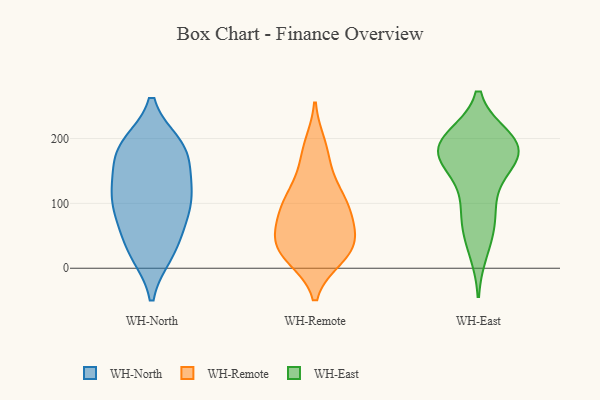
{"axis": {"x": "Customer Acquisition Cost (USD)", "y": "Value"}, "legend": ["WH-East", "WH-North", "WH-Remote"], "data": [{"x": "", "y": 179, "type": "WH-North"}, {"x": "", "y": 190, "type": "WH-North"}, {"x": "", "y": 188, "type": "WH-North"}, {"x": "", "y": 26, "type": "WH-North"}, {"x": "", "y": 124, "type": "WH-North"}, {"x": "", "y": 90, "type": "WH-North"}, {"x": "", "y": 123, "type": "WH-North"}, {"x": "", "y": 28, "type": "WH-North"}, {"x": "", "y": 86, "type": "WH-North"}, {"x": "", "y": 181, "type": "WH-North"}, {"x": "", "y": 84, "type": "WH-North"}, {"x": "", "y": 127, "type": "WH-North"}, {"x": "", "y": 184, "type": "WH-North"}, {"x": "", "y": 132, "type": "WH-North"}, {"x": "", "y": 67, "type": "WH-North"}, {"x": "", "y": 23, "type": "WH-North"}, {"x": "", "y": 44, "type": "WH-Remote"}, {"x": "", "y": 108, "type": "WH-Remote"}, {"x": "", "y": 17, "type": "WH-Remote"}, {"x": "", "y": 177, "type": "WH-Remote"}, {"x": "", "y": 68, "type": "WH-Remote"}, {"x": "", "y": 140, "type": "WH-Remote"}, {"x": "", "y": 104, "type": "WH-Remote"}, {"x": "", "y": 52, "type": "WH-Remote"}, {"x": "", "y": 20, "type": "WH-Remote"}, {"x": "", "y": 189, "type": "WH-Remote"}, {"x": "", "y": 106, "type": "WH-Remote"}, {"x": "", "y": 23, "type": "WH-Remote"}, {"x": "", "y": 78, "type": "WH-Remote"}, {"x": "", "y": 90, "type": "WH-Remote"}, {"x": "", "y": 34, "type": "WH-Remote"}, {"x": "", "y": 30, "type": "WH-Remote"}, {"x": "", "y": 183, "type": "WH-East"}, {"x": "", "y": 199, "type": "WH-East"}, {"x": "", "y": 183, "type": "WH-East"}, {"x": "", "y": 101, "type": "WH-East"}, {"x": "", "y": 77, "type": "WH-East"}, {"x": "", "y": 196, "type": "WH-East"}, {"x": "", "y": 172, "type": "WH-East"}, {"x": "", "y": 171, "type": "WH-East"}, {"x": "", "y": 189, "type": "WH-East"}, {"x": "", "y": 29, "type": "WH-East"}, {"x": "", "y": 186, "type": "WH-East"}, {"x": "", "y": 141, "type": "WH-East"}, {"x": "", "y": 63, "type": "WH-East"}]}